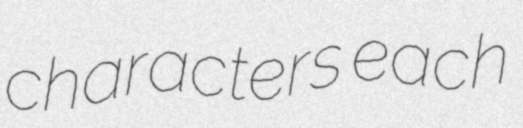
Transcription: characters each